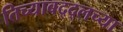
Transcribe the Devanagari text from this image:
तिच्याबद्द्लच्या